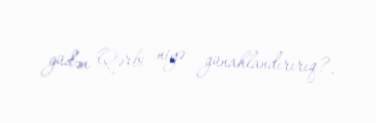
güdən Qərbi niyə günahlandırırıq?.